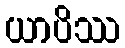
ယာပိဿ